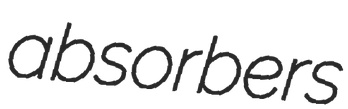
absorbers